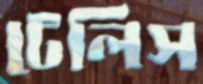
টেলিস